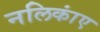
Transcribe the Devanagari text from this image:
नलिकांए